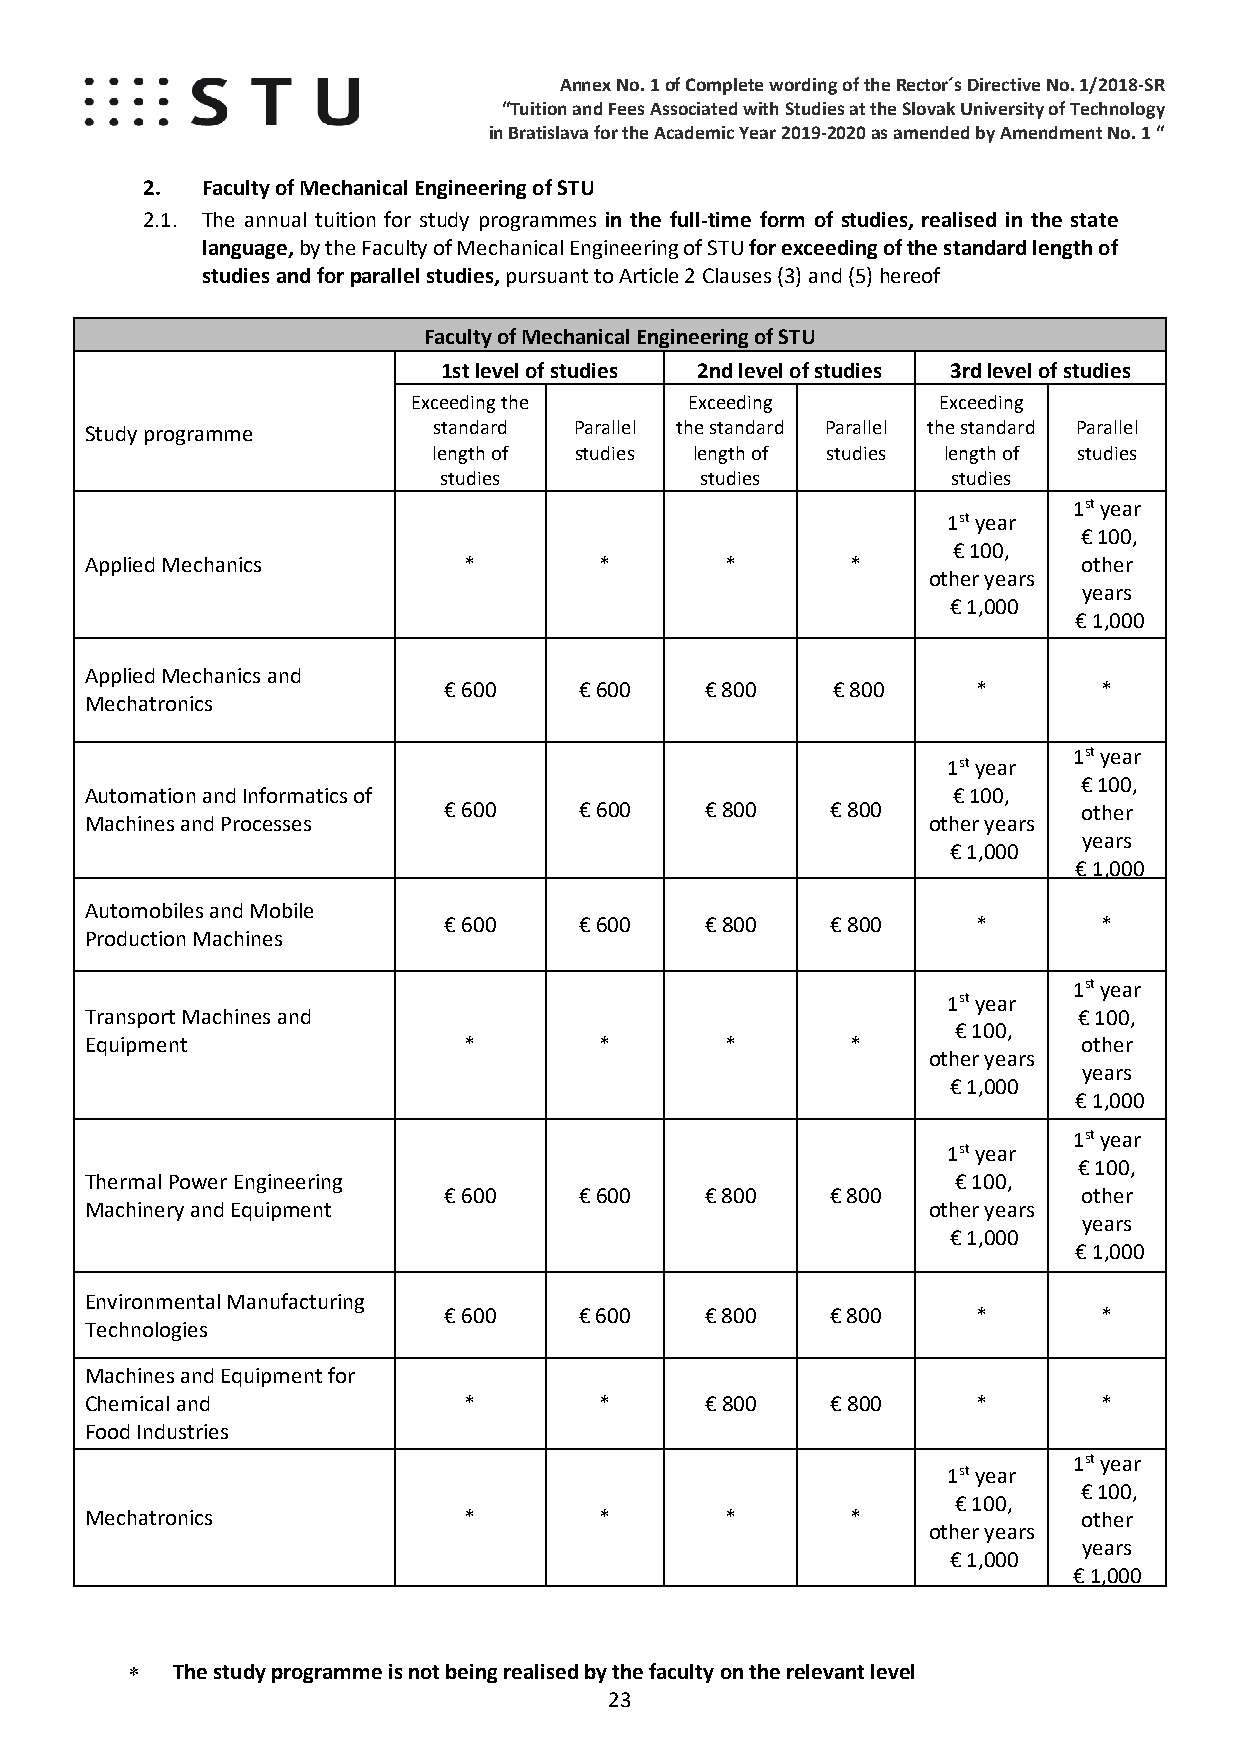
Annex No. 1 of Complete wording of the Rector´s Directive No. 1/2018-SR
 “Tuition and Fees Associated with Studies at the Slovak University of Technology
 in Bratislava for the Academic Year 2019-2020 as amended by Amendment No. 1 “
 2.  Faculty of Mechanical Engineering of STU
 2.1. The annual tuition fo r study programmes in the full-time form of studies, realised in the state
 language, by the Faculty of Mechanical Engineering of STU for exceeding of the standard length of
 studies and for parallel studies, pursuant to Article 2 Clauses (3) and (5) hereof
 Faculty of Mechanical Engineering of STU
 1st level of studies 2nd level of studies 3rd level of studies
 Exceeding the      Exceeding       Exceeding
 Study programme        standard Parall el the standard Paralle l the standard Paralle l
 length of studies length of studies length of studies
 studies          studies          studies
 1st year
 1st year
 € 100,
 € 100,
 Applied Mechanics        *        *       *       *               other
 other years
 years
 € 1,000
 € 1,000
 Applied Mechanics and
 € 600    € 600    € 800   € 800     *       *
 Mechatronics
 1st year
 1st year
 € 100,
 Automation and Informatics of                            € 100,
 € 600    € 600    € 800   € 800            other
 Machines and Processes                                 other years
 years
 € 1,000
 € 1,000
 Automobiles and Mobile
 € 600    € 600    € 800   € 800     *       *
 Production Machines
 1st year
 1st year
 Transport Machines and                                           € 100,
 € 100,
 Equipment                *        *       *       *               other
 other years
 years
 € 1,000
 € 1,000
 1st year
 1st year
 € 100,
 Thermal Power Engineering                                € 100,
 € 600    € 600    € 800   € 800            other
 Machinery and Equipment                                other years
 years
 € 1,000
 € 1,000
 Environmental Manufacturing
 € 600    € 600    € 800   € 800     *       *
 Technologies
 Machines and Equipment for
 Chemical and             *        *      € 800   € 800     *       *
 Food Industries
 1st year
 1st year
 € 100,
 € 100,
 Mechatronics             *        *       *       *               other
 other years
 years
 € 1,000
 € 1,000
 ∗  The study programme is not being realised by the faculty on the relevant level
 23